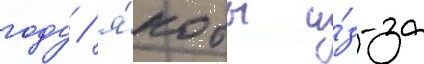
году / я́кобы и́з-за